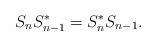
LaTeX: \begin{align*}S_{n}S_{n-1}^{*}=S_{n}^{*}S_{n-1}.\end{align*}